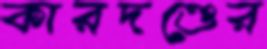
কারদণ্ডের